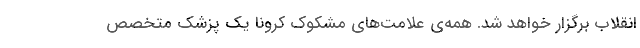
انقلاب برگزار خواهد شد. همه‌ی علامت‌های مشکوک کرونا یک پزشک متخصص